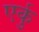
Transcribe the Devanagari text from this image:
एर्कु